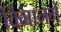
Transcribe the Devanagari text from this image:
विमानमें